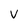
Character: V